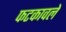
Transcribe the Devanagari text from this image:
फटकावले